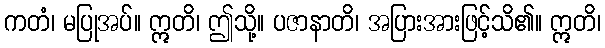
ကတံ၊ မပြုအပ်။ ဣတိ၊ ဤသို့။ ပဇာနာတိ၊ အပြားအားဖြင့်သိ၏။ ဣတိ၊